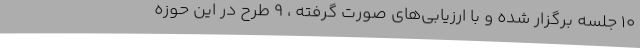
10 جلسه برگزار شده و با ارزیابی‌های صورت گرفته ، 9 طرح در این حوزه